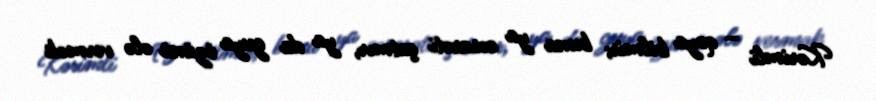
Kərimli – qoya bilmir; buna ya cəsarəti çatmır, ya da guya özünü ələ vermək